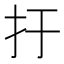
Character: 扜